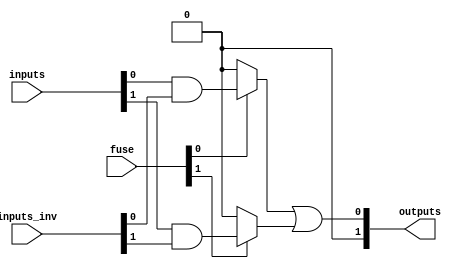
module FusedPAL (
    input wire [N-1:0] inputs,   // N input signals
    input wire [N-1:0] inputs_inv, // Inverted inputs
    input wire [M-1:0] fuse,      // Fuse connections for AND gates
    output wire [M-1:0] outputs    // M output signals
);

// Parameters for number of inputs and outputs
parameter N = 4; // Number of inputs
parameter M = 2; // Number of outputs
parameter AND_GATE_COUNT = 4; // Number of AND gates

// Internal wires for AND gate outputs
wire [AND_GATE_COUNT-1:0] and_outputs;

// Programmable AND array
genvar i;
generate
    for (i = 0; i < AND_GATE_COUNT; i = i + 1) begin : and_array
        assign and_outputs[i] = (fuse[i]) ? (inputs[i] & inputs_inv[i]) : 1'b0; // Example logic
    end
endgenerate

// Fixed OR array
assign outputs[0] = and_outputs[0] | and_outputs[1]; // Output 0 combines AND gate 0 and 1
assign outputs[1] = and_outputs[2] | and_outputs[3]; // Output 1 combines AND gate 2 and 3

endmodule